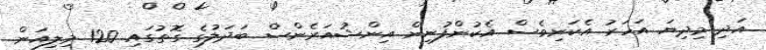
އަދި މިދިޔަ އަހަރު އެކަނިވެސް އެކުންފުނިން އިންޝުއަރެންސް ބަދަލުގެ ގޮތުގައި 120 މިލިއަން